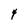
Character: 4